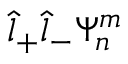
\hat { l } _ { + } \hat { l } _ { - } \Psi _ { n } ^ { m }